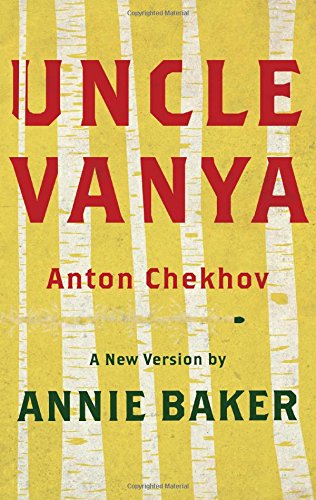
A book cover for Uncle Vanya (TCG Edition); Anton Chekhov; Humor & Entertainment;